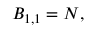
B _ { 1 , 1 } = N ,